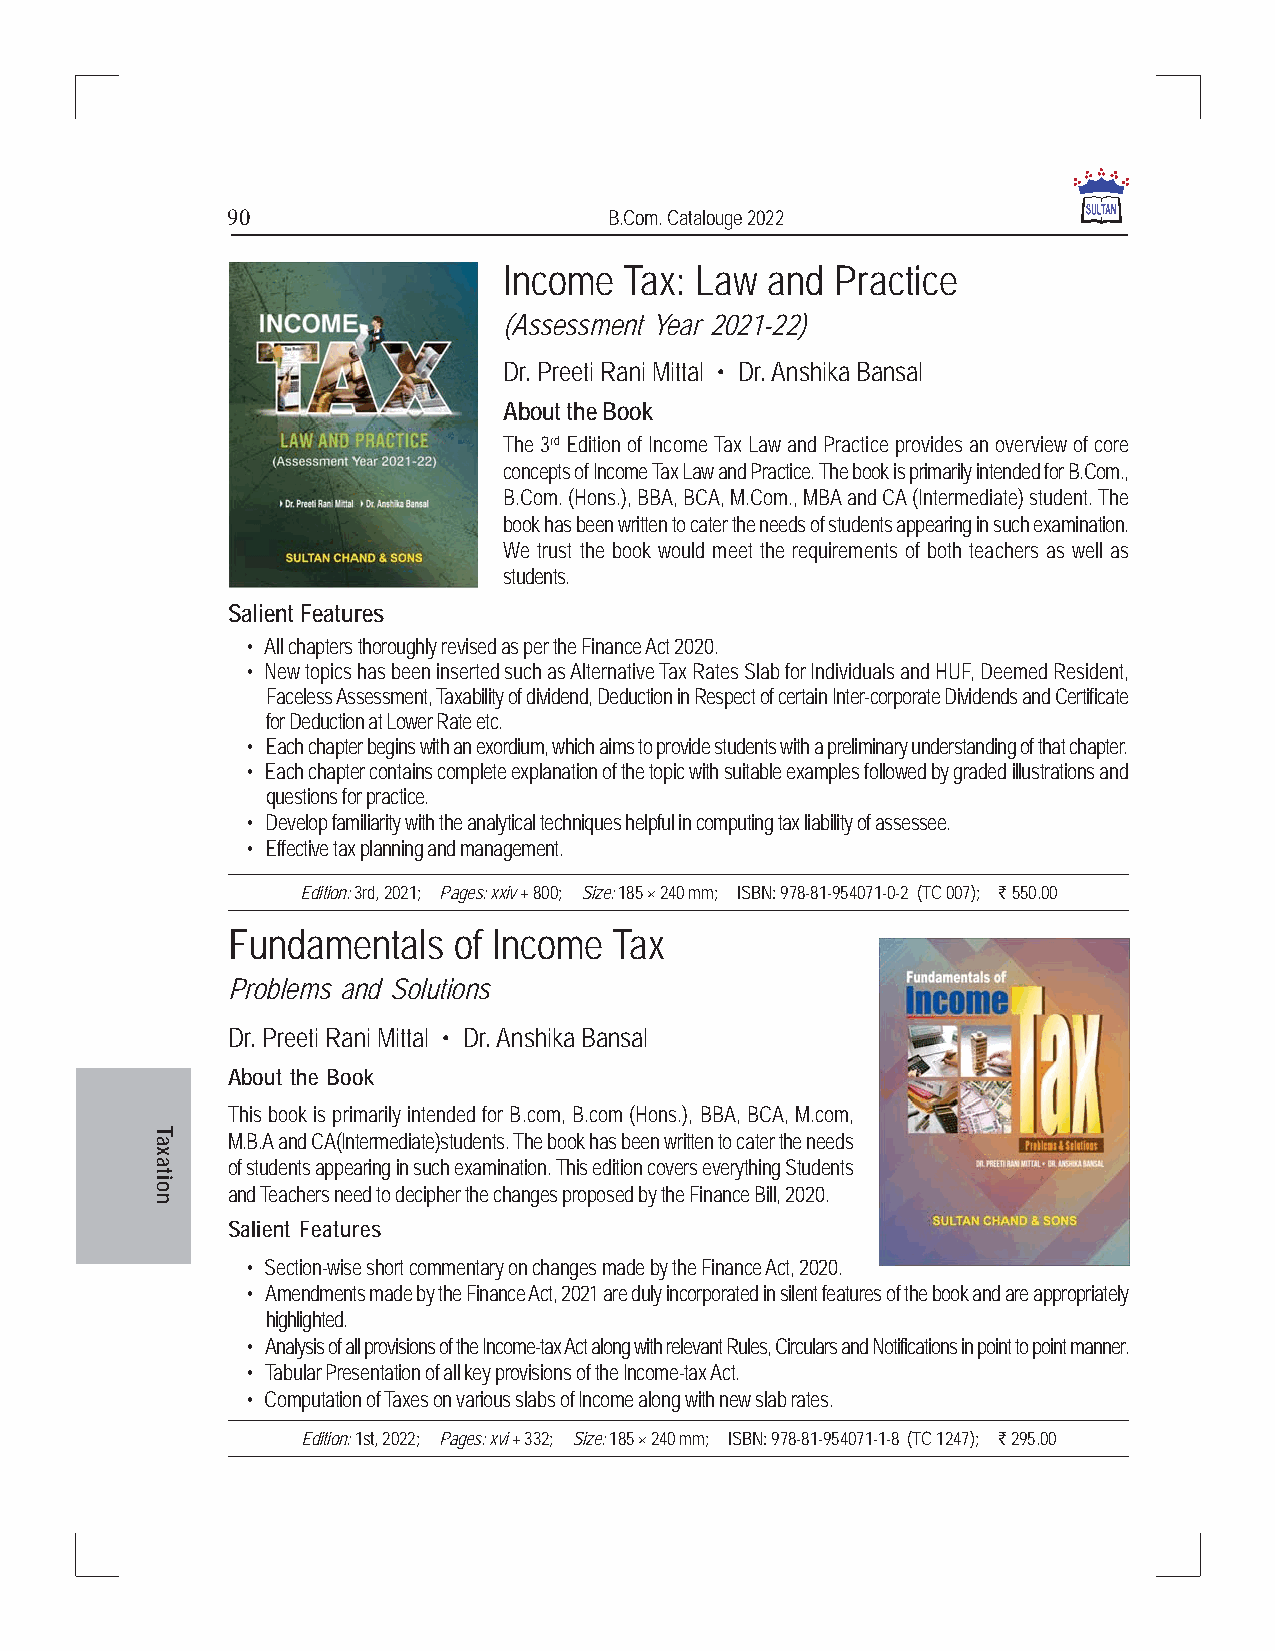
90                       B.Com. Catalouge 2022
 Income  Tax: Law  and Practice
 (Assessment Year 2021-22)
 Dr. Preeti Rani Mittal • Dr. Anshika Bansal
 About the Book
 The 3rd Edition of Income Tax Law and Practice provides an overview of core
 concepts of Income Tax Law and Practice. The book is primarily intended for B.Com.,
 B.Com. (Hons.), BBA, BCA, M.Com., MBA and CA (Intermediate) student. The
 book has been written to cater the needs of students appearing in such examination.
 We trust the book would meet the requirements of both teachers as well as
 students.
 Salient Features
 • All chapters thoroughly revised as per the Finance Act 2020.
 • New topics has been inserted such as Alternative Tax Rates Slab for Individuals and HUF, Deemed Resident,
 Faceless Assessment, Taxability of dividend, Deduction in Respect of certain Inter-corporate Dividends and Certificate
 for Deduction at Lower Rate etc.
 • Each chapter begins with an exordium, which aims to provide students with a preliminary understanding of that chapter.
 • Each chapter contains complete explanation of the topic with suitable examples followed by graded illustrations and
 questions for practice.
 • Develop familiarity with the analytical techniques helpful in computing tax liability of assessee.
 • Effective tax planning and management.
 Edition: 3rd, 2021; Pages: xxiv + 800; Size: 185 × 240 mm; ISBN: 978-81-954071-0-2 (TC 007); ` 550.00
 Fundamentals   of Income  Tax
 Problems and Solutions
 Dr. Preeti Rani Mittal • Dr. Anshika Bansal
 About the Book
 This book is primarily intended for B.com, B.com (Hons.), BBA, BCA, M.com,
 M.B.A and CA(Intermediate)students. The book has been written to cater the needs
 of students appearing in such examination. This edition covers everything Students
 and Teachers need to decipher the changes proposed by the Finance Bill, 2020.
 Salient Features
 • Section-wise short commentary on changes made by the Finance Act, 2020.
 • Amendments made by the Finance Act, 2021 are duly incorporated in silent features of the book and are appropriately
 highlighted.
 • Analysis of all provisions of the Income-tax Act along with relevant Rules, Circulars and Notifications in point to point manner.
 • Tabular Presentation of all key provisions of the Income-tax Act.
 • Computation of Taxes on various slabs of Income along with new slab rates.
 Edition: 1st, 2022; Pages: xvi + 332; Size: 185 × 240 mm; ISBN: 978-81-954071-1-8 (TC 1247); ` 295.00
 Taxation